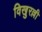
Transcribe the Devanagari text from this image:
विखुरल्ली